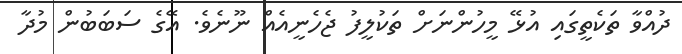
ދުއްވާ ތަކެތީގައި އުޅޭ މީހުންނަށް ތަކުލީފު ޖެހެނީއެއް ނޫނެވެ. އޭގެ ސަބަބުން މުދާ